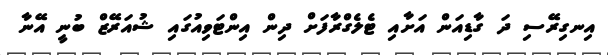
އިނގިރޭސި ދަ ގާޑިއަން އަށާއި ޓެލެގްރާފަށް ދިން އިންޓަވިއުގައި ޝުއަރޭޒް ބުނީ އޭނާ